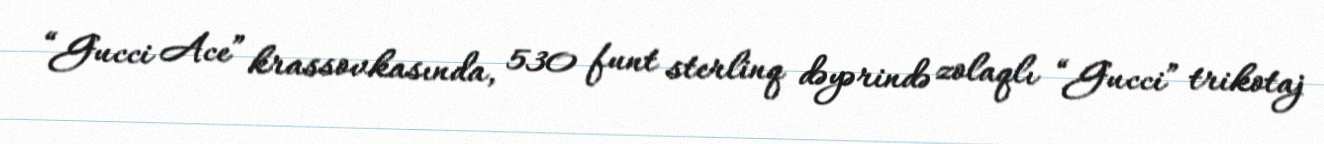
“Gucci Ace” krassovkasında, 530 funt sterlinq dəyərində zolaqlı “Gucci” trikotaj